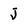
Character: j